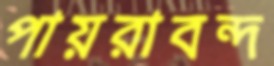
পায়রাবন্দ